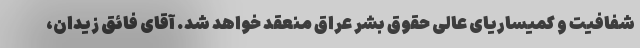
شفافیت و کمیساریای عالی حقوق بشر عراق منعقد خواهد شد. آقای فائق زیدان،